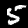
Label: 5